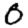
Digit: 0